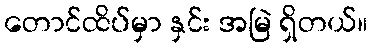
တောင်ထိပ်မှာ နှင်း အမြဲ ရှိတယ်။